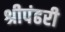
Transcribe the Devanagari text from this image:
श्रीपंढरी